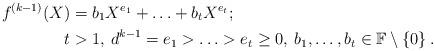
LaTeX: \begin{align*}f^{(k-1)}(X) & = b_1X^{e_1}+ \ldots +b_tX^{e_t}; \\t & > 1, \: d^{k-1}=e_1> \ldots >e_t \geq 0, \: b_1, \ldots ,b_t \in \mathbb{F} \setminus \left\lbrace 0 \right\rbrace.\end{align*}